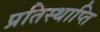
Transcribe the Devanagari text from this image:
प्रतिस्थाप्ति